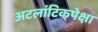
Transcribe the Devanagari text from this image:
अटलांटिकपेक्षा